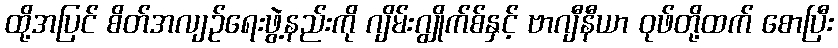
ထို့အပြင် စိတ်အလျဉ်ရေးဖွဲ့နည်းကို ဂျိမ်းဂျွိုက်စ်နှင့် ဗာဂျီနီယာ ဝုဖ်တို့ထက် စောပြီး